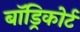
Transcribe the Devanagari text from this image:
बॉड्रिकोर्ट